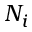
N _ { i }